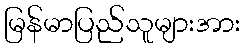
မြန်မာပြည်သူများအား